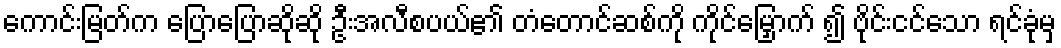
ကောင်းမြတ်က ပြောပြောဆိုဆို ဦးအလီစပယ်၏ တံတောင်ဆစ်ကို ကိုင်မြှောက် ၍ ဗိုင်းငင်သော ရင်ခုံမှ